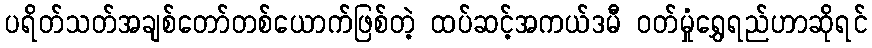
ပရိတ်သတ်အချစ်တော်တစ်ယောက်ဖြစ်တဲ့ ထပ်ဆင့်အကယ်ဒမီ ဝတ်မှုံရွှေရည်ဟာဆိုရင်